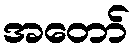
အတော်